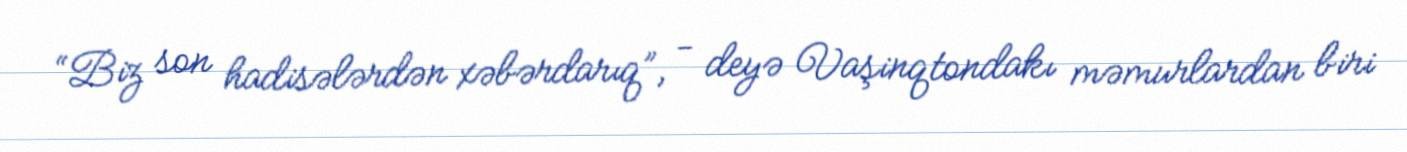
“Biz son hadisələrdən xəbərdarıq”, - deyə Vaşinqtondakı məmurlardan biri